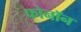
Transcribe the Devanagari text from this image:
फोनॉन